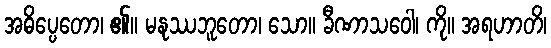
အဓိပ္ပေတော၊ ၏။ မနုဿဘူတော၊ သော။ ခီဏာသဝေါ၊ ကို။ အရဟာတိ၊